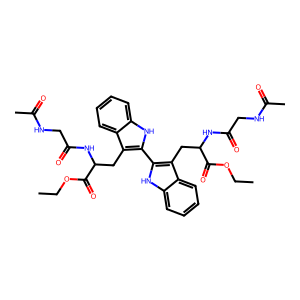
SMILES: CCOC(=O)C(Cc1c(-c2[nH]c3ccccc3c2CC(NC(=O)CNC(C)=O)C(=O)OCC)[nH]c2ccccc12)NC(=O)CNC(C)=O
Inhibits HIV replication: No